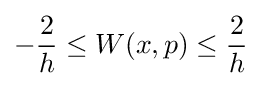
-{\frac {2}{h}}\leq W(x,p)\leq {\frac {2}{h}}